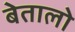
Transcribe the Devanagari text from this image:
बेतालो